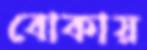
বোকায়